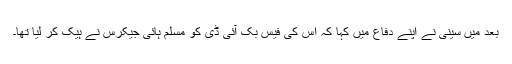
بعد میں سینی نے اپنے دفاع میں کہا کہ اس کی فیس بک آئی ڈی کو مسلم ہائی جیکرس نے ہیک کر لیا تھا۔